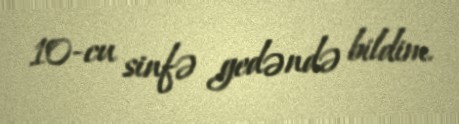
10-cu sinfə gedəndə bildim.